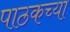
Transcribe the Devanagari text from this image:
पाठकच्या